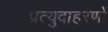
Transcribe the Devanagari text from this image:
प्रत्युदाहरणों